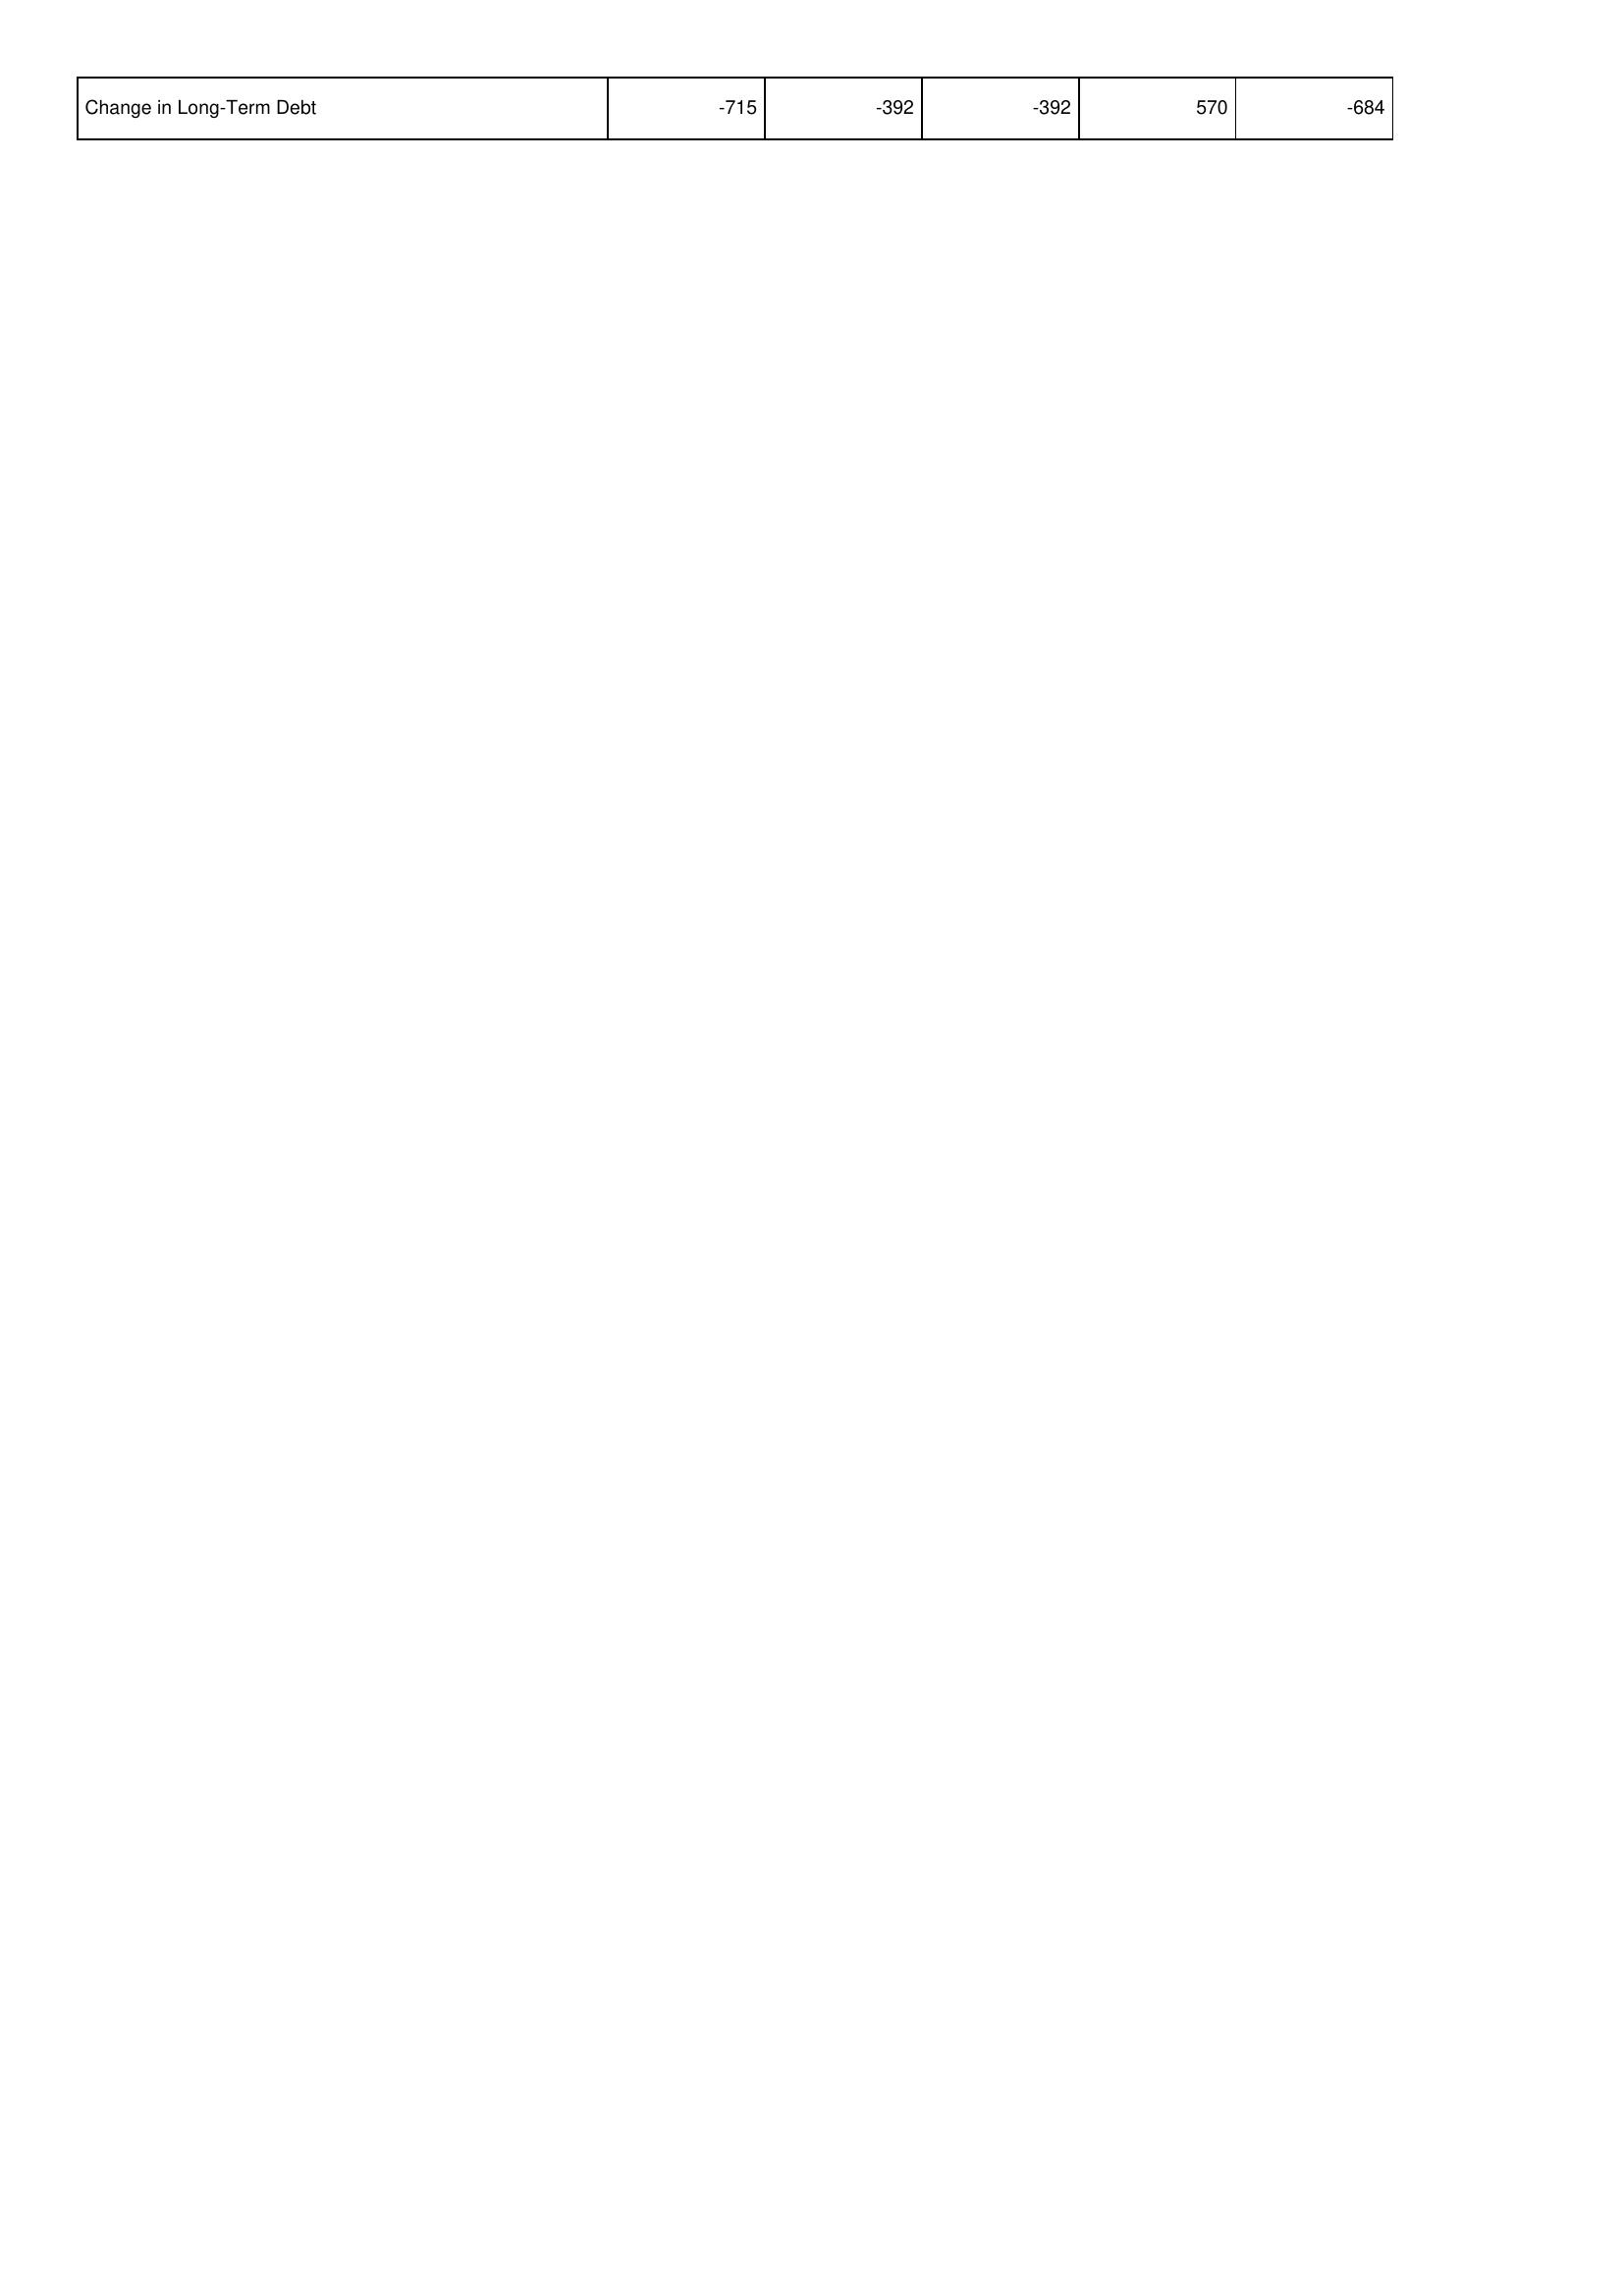
2013: Financing Activities: Change in Long-Term Debt: -715
2012: Financing Activities: Change in Long-Term Debt: -392
2011: Financing Activities: Change in Long-Term Debt: -392
2010: Financing Activities: Change in Long-Term Debt: 570
2009: Financing Activities: Change in Long-Term Debt: -684